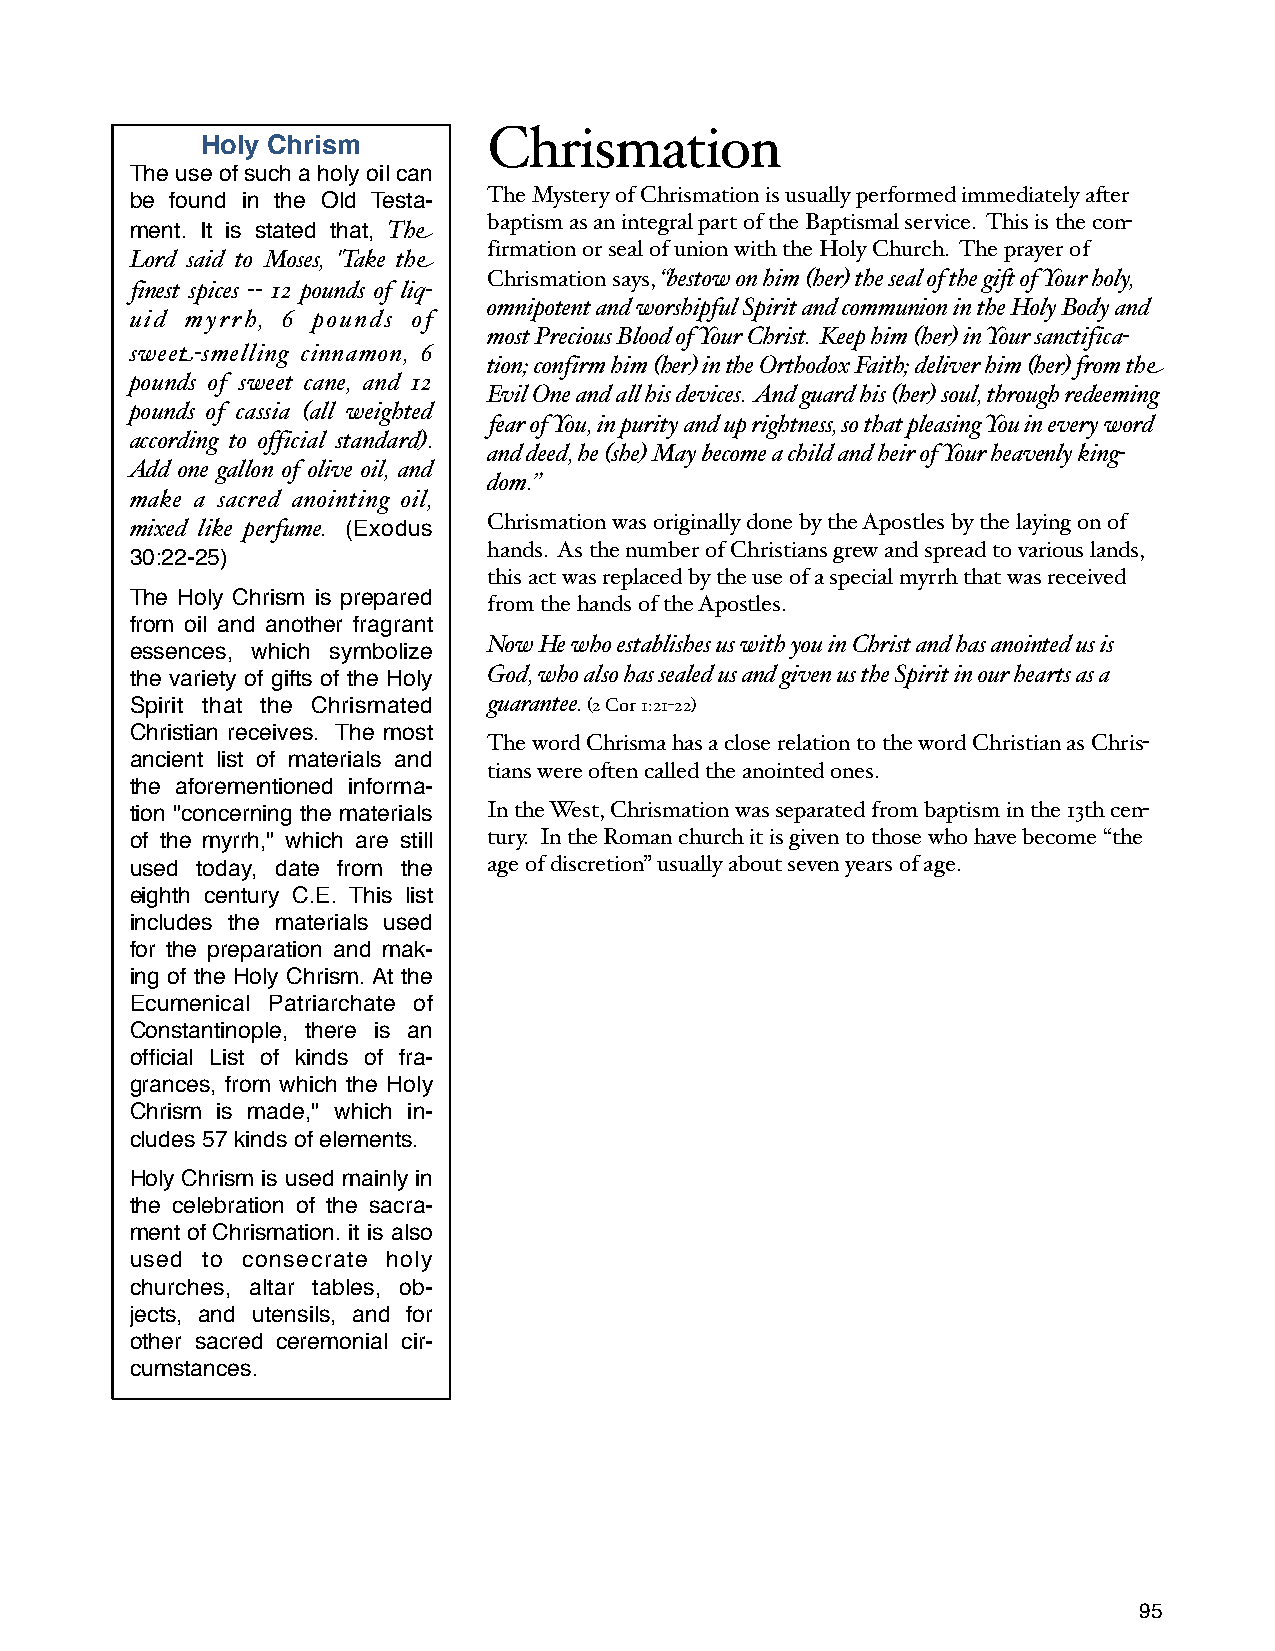
Chrismation
 Holy Chrism
 The use of such a holy oil can
 be found in the Old Testa- The Mystery of Chrismation is usually performed immediately after
 baptism as an integral part of the Baptismal service. This is the con-
 ment. It is stated that, The
 firmation or seal of union with the Holy Church. The prayer of
 Lord said to Moses, 'Take the
 Chrismation says, “bestow on him (her) the seal of the gift of Your holy,
 finest spices ‑‑ 12 pounds of liq-
 omnipotent and worshipful Spirit and communion in the Holy Body and
 uid myrrh, 6 pounds of
 most Precious Blood of Your Christ. Keep him (her) in Your sanctifica-
 sweet‑smelling cinnamon, 6
 tion; confirm him (her) in the Orthodox Faith; deliver him (her) from the
 pounds of sweet cane, and 12
 Evil One and all his devices. And guard his (her) soul, through redeeming
 pounds of cassia (all weighted
 fear of You, in purity and up rightness, so that pleasing You in every word
 according to official standard).
 and deed, he (she) May become a child and heir of Your heavenly king-
 Add one gallon of olive oil, and
 dom.”
 make a sacred anointing oil,
 mixed like perfume. (Exodus Chrismation was originally done by the Apostles by the laying on of
 hands. As the number of Christians grew and spread to various lands,
 30:22‑25)
 this act was replaced by the use of a special myrrh that was received
 The Holy Chrism is prepared
 from the hands of the Apostles.
 from oil and another fragrant
 Now He who establishes us with you in Christ and has anointed us is
 essences, which symbolize
 the variety of gifts of the Holy God, who also has sealed us and given us the Spirit in our hearts as a
 Spirit that the Chrismated guarantee. (2 Cor 1:21-22)
 Christian receives. The most
 The word Chrisma has a close relation to the word Christian as Chris-
 ancient list of materials and
 tians were often called the anointed ones.
 the aforementioned informa-
 tion "concerning the materials In the West, Chrismation was separated from baptism in the 13th cen-
 of the myrrh," which are still tury. In the Roman church it is given to those who have become “the
 used today, date from the age of discretion” usually about seven years of age.
 eighth century C.E. This list
 includes the materials used
 for the preparation and mak-
 ing of the Holy Chrism. At the
 Ecumenical Patriarchate of
 Constantinople, there is an
 official List of kinds of fra-
 grances, from which the Holy
 Chrism is made," which in-
 cludes 57 kinds of elements.
 Holy Chrism is used mainly in
 the celebration of the sacra-
 ment of Chrismation. it is also
 used to consecrate holy
 churches, altar tables, ob-
 jects, and utensils, and for
 other sacred ceremonial cir-
 cumstances.
 95